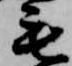
毛